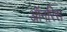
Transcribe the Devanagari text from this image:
ऑनरिस